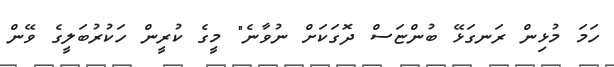
ހަމަ މުޅިން ރަނގަޅޭ ބުންޏަސް ދޮގަކަށް ނުވާނެ" މީގެ ކުރީން ހަކުރުބަލީގެ ވޭން